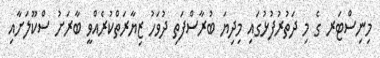
މިނިސްޓަރ ގެ މި ދަތުރުފުޅުގައި މިދިޔަ ބުރާސްފަތި ދުވަހު ޒިޔާރަތްކުރެއްވީ ބާރަށު ސްކޫލަށާއި